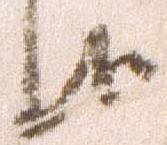
候